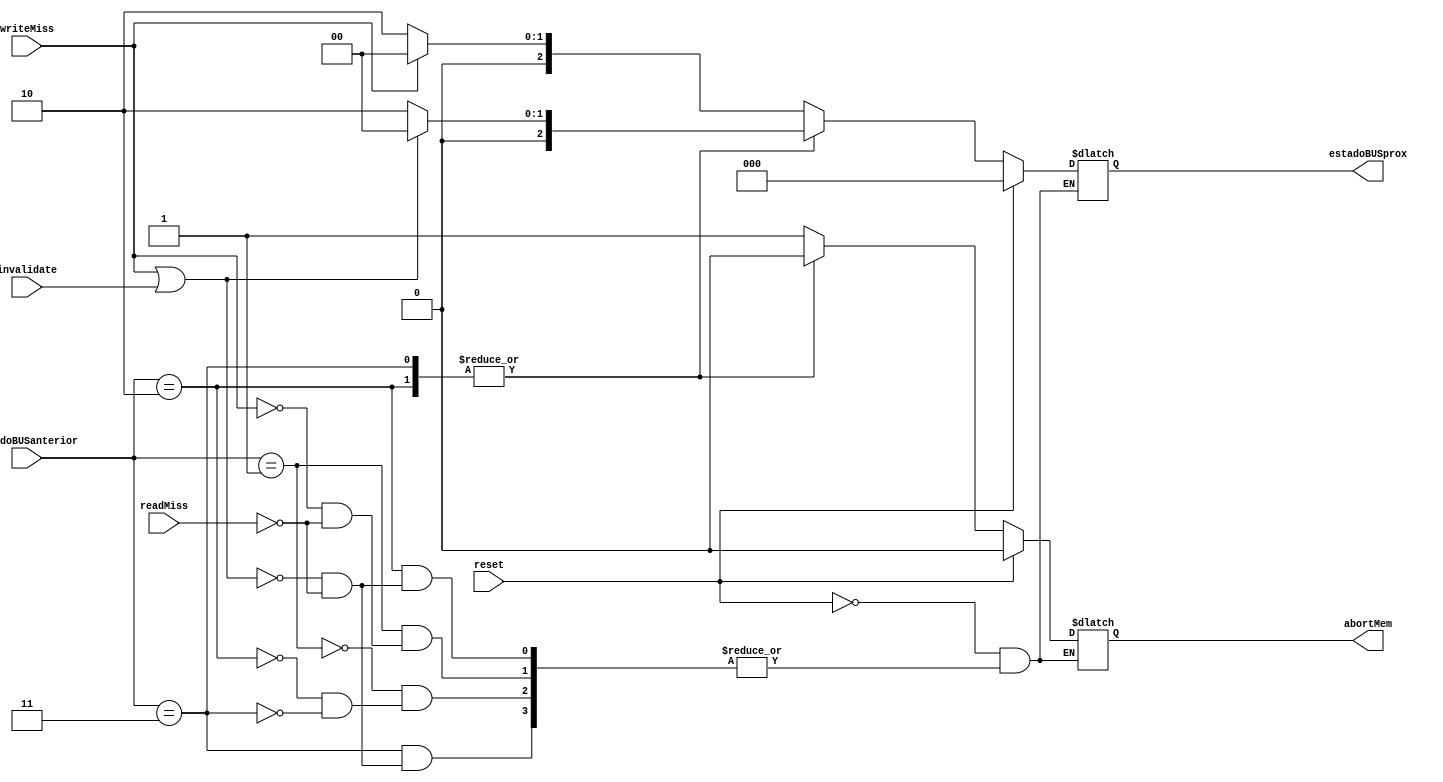
/*
	CEFET-MG
	Disciplina de Laboratrio de Arquitetura e Organizao de Computadores II
	Data: 06/02/2022
	Aluno: Fernando Veizaga e Alanis Castro
*/

module maquinaMESIbus(estadoBUSanterior, readMiss, writeMiss, invalidate, abortMem, estadoBUSprox, reset);

	input [2:0] estadoBUSanterior;
	input readMiss, writeMiss, invalidate, reset;
	
	output reg [2:0] estadoBUSprox;
	output reg abortMem;
	
	//INVALID = 3'b000
	//MODIFIED = 3'b001
	//SHARED = 3'b010
	//EXCLUSIVE = 3'b011
	
	initial begin
		estadoBUSprox <= 3'b000;	//INVALID
		abortMem <= 1'b0;
	end

	always@(*)
	begin
		if(reset == 1'b1)
		begin
			estadoBUSprox <= 3'b000;	//INVALID
			abortMem <= 1'b0;
		end
	
		else begin
		
			case(estadoBUSanterior)
				3'b001:	//MODIFIED
				begin
					if(writeMiss == 1'b1)
					begin
						estadoBUSprox <= 3'b000;	//INVALID
						abortMem <= 1'b1;
					end
					
					else if(readMiss == 1'b1)
					begin
						estadoBUSprox <= 3'b010;	//SHARED
						abortMem <= 1'b1;
					end
				end
				
				3'b010:	//SHARED
				begin
					if(writeMiss == 1'b1 || invalidate == 1'b1)
					begin
						estadoBUSprox <= 3'b000;	//INVALID
						abortMem <= 1'b0;
					end
					
					else if(readMiss == 1'b1)
					begin
						estadoBUSprox <= 3'b010;	//SHARED
						abortMem <= 1'b0;
					end
				end
				
				3'b011:	//EXCLUSIVE
				begin
					if(writeMiss == 1'b1 || invalidate == 1'b1)
					begin
						estadoBUSprox <= 3'b000;	//INVALID
						abortMem <= 1'b0;
					end
					
					else if(readMiss == 1'b1)
					begin
						estadoBUSprox <= 3'b010;	//SHARED
						abortMem <= 1'b0;
					end
				end
			
			endcase
	
		end
		
	
	end

endmodule